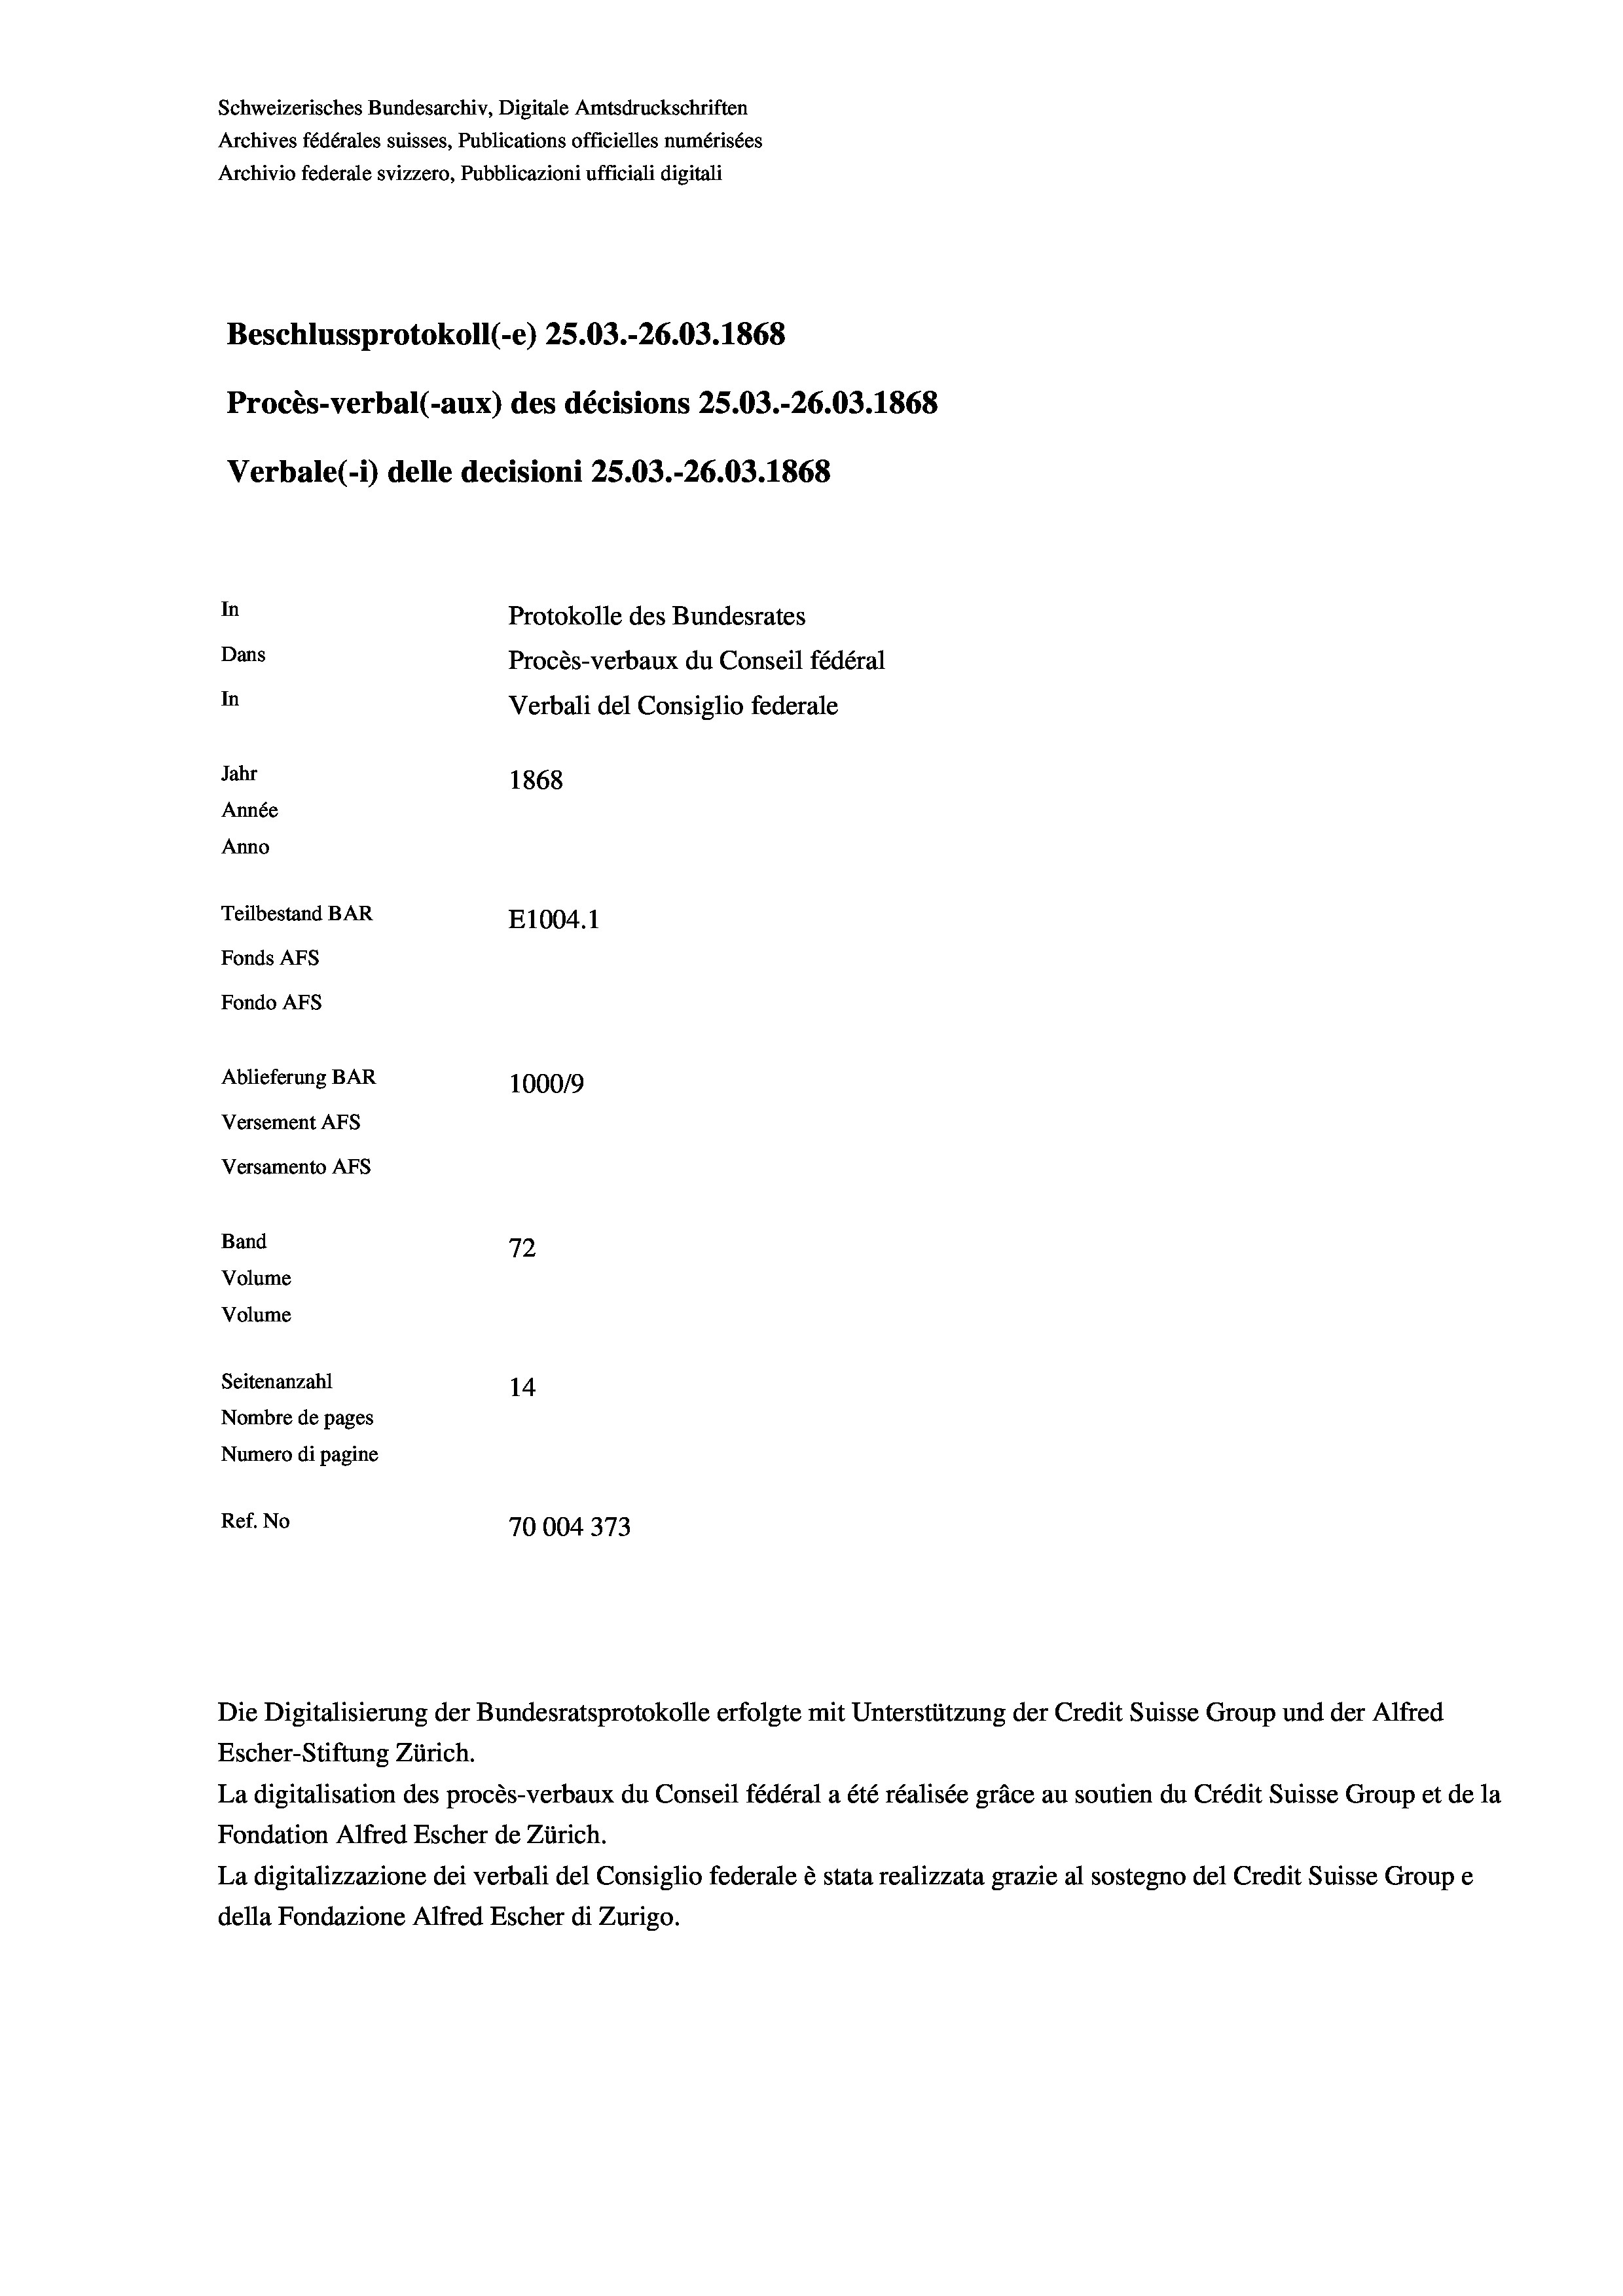
Schweizerisches Bundesarchiv, Digitale Amtsdruckschriften
Archives fédérales suisses, Publications officielles numérisées
Archivio federale svizzero, Pubblicazioni ufficiali digitali
Beschlussprotokoll (-e) 25.03.-26.03. 1868
Procès-verbal (-aux) des décisions 25.03.-26.03. 1868
Verbale(-*) delle decisioni 25.03.-26.03. 1868
In
Protokolle des Bundesrates
Dans
Procès-verbaux du Conseil fédéral
In
Verbali del Consiglio federale
Jahr
1868
Année
Anno
Teilbestand BAR
E1004. 1
Fonds AFs
Fondo Afs
Ablieferung BAR
100019
Versement AFs
Versamento Afs
Band
72
Volume
Volume
Seitenanzahl
14
Nombre de pages
Numero di pagine
g
Ref. No
70004373

Escher-Stiftung Zürich.
La digitalisation des procès-verbaux du Conseil fédéral a été réalisée gräce au soutien du Crédit Suisse Group et de la
Fondation Alfred Escher de Zürich.
La digitalizzazione dei verbali del Consiglio federale è stata realizzata grazie al sostegno del Credit Suisse Groupe
della Fondazione Alfred Escher di Zurigo.

Die Digitalisierung der Bundesratsprotokolle erfolgte mit Unterstützung der Credit Suisse Group und der Alfred